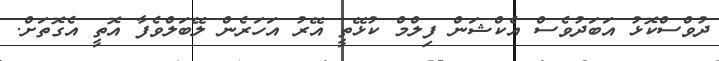
ދުވްސްކޮޅު އަބަދުވެސް އެކްޝަން ފިލްމް ކުޅޭތީ އޭރު އަހަރެން ލޭބަލްވެފާ އޮތީ އެގޮތަށް.